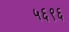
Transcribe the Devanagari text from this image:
५६९६